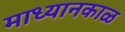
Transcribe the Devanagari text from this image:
माध्यानकाळ